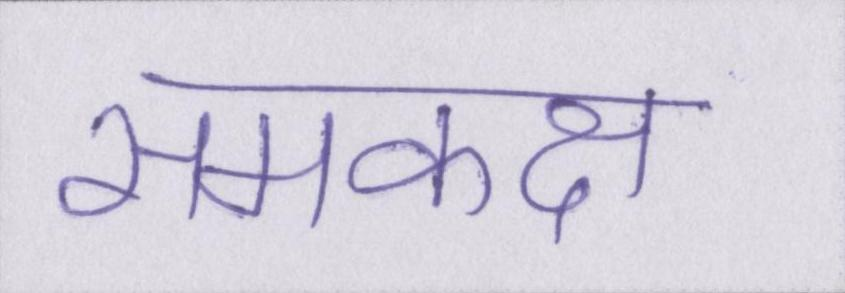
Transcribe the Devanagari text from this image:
समकक्ष